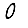
Digit: 0